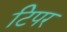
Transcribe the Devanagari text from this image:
टिपर